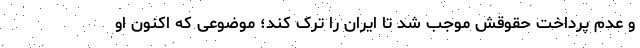
و عدم پرداخت حقوقش موجب شد تا ایران را ترک کند؛ موضوعی که اکنون او